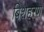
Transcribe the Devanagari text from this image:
बिशहरण